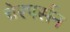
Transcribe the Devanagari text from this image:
चेरपर्सन